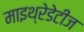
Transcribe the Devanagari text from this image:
माइथ्रेडेटीज